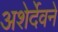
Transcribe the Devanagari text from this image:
अशेर्देवने